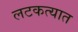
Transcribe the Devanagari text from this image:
लटकत्यात